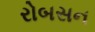
રોબસન